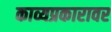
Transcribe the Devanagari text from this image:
काव्यप्रकारावर